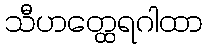
သီဟတ္ထေရဂါထာ